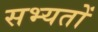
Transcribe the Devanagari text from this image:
सभ्यतों